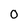
Character: 0